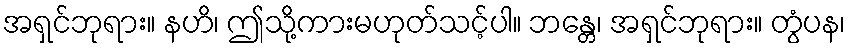
အရှင်ဘုရား။ နဟိ၊ ဤသို့ကားမဟုတ်သင့်ပါ။ ဘန္တေ၊ အရှင်ဘုရား။ တွံပန၊